Vaccination United Provinces of Agra and Oudh 1902-1913 - 1902-1913
Year: 1902
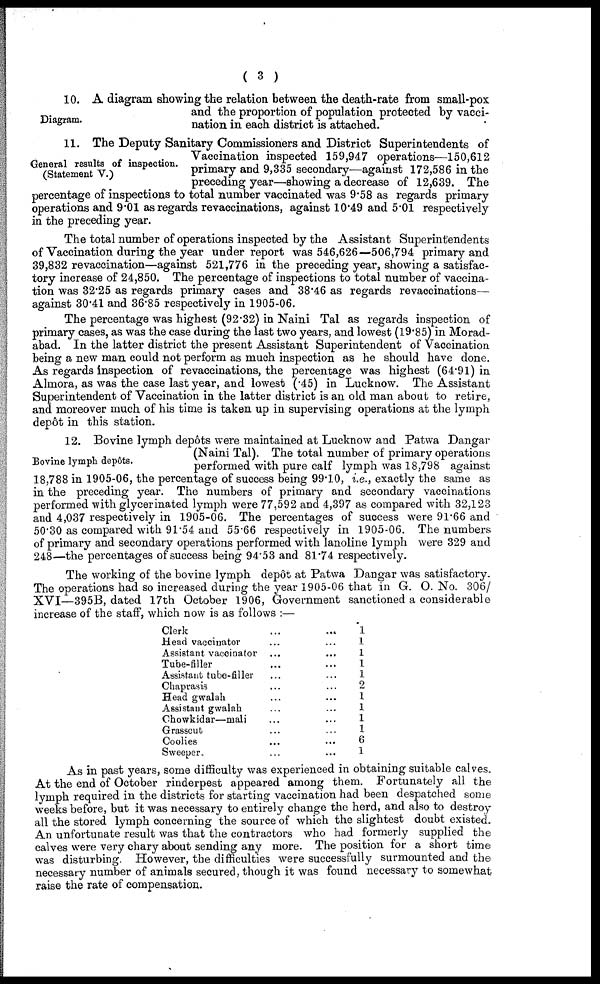
( 3 )
Diagram.
10. A diagram showing the relation between the death-rate from small-pox
and the proportion of population protected by vacci-
nation in each district is attached.
General results of inspection.
(Statement V.)
11. The Deputy Sanitary Commissioners and District Superintendents of
Vaccination inspected 159,947 operations—150,612
primary and 9,335 secondary—against 172,586 in the
preceding year—showing a decrease of 12,639. The
percentage of inspections to total number vaccinated was 9.58 as regards primary
operations and 9.01 as regards revaccinations, against 10.49 and 5.01 respectively
in the preceding year.
The total number of operations inspected by the Assistant Superintendents
of Vaccination during the year under report was 546,626—506,794 primary and
39,832 revaccination—against 521,776 in the preceding year, showing a satisfac-
tory increase of 24,850. The percentage of inspections to total number of vaccina-
tion was 32.25 as regards primary cases and 38.46 as regards revaccinations—
against 30.41 and 36.85 respectively in 1905-06.
The percentage was highest (92.32) in Naini Tal as regards inspection of
primary cases, as was the case during the last two years, and lowest (19.85) in Morad¬
abad. In the latter district the present Assistant Superintendent of Vaccination
being a new man could not perform as much inspection as he should have done.
As regards inspection of revaccinations, the percentage was highest (64.91) in
Almora, as was the case last year, and lowest (.45) in Lucknow. The Assistant
Superintendent of Vaccination in the latter district is an old man about to retire,
and moreover much of his time is taken up in supervising operations at the lymph
depôt in this station.
Bovine lymph depôts.
12. Bovine lymph depôts were maintained at Lucknow and Patwa Dangar
(Naini Tal). The total number of primary operations
performed with pure calf lymph was 18,798 against
18,788 in 1905-06, the percentage of success being 99.10, i.e., exactly the same as
in the preceding year. The numbers of primary and secondary vaccinations
performed with glycerinated lymph were 77,592 and 4,397 as compared with 32,123
and 4,037 respectively in 1905-06. The percentages of success were 91.66 and
50.30 as compared with 91.54 and 55.66 respectively in 1905-06. The numbers
of primary and secondary operations performed with lanoline lymph were 329 and
248—the percentages of success being 94.53 and 81.74 respectively.
The working of the bovine lymph depôt at Patwa Dangar was satisfactory.
The operations had so increased during the year 1905-06 that in G. O. No. 306/
XVI—395B, dated 17th October 1906, Government sanctioned a considerable
increase of the staff, which now is as follows :—
Clerk ... ...
Head vaccinator ... ...
Assistant vaccinator ... ...
Tube-filler ... ...
Assistant tube-filler ... ...
Chaprasis ... ...
Head gwalah ... ...
Assistant gwalah ... ...
Chowkidar—mali ... ...
Grasscut ... ...
Coolies ... ...
Sweeper. ... ...
1
1
1
1
1
2
1
1
1
1
6
1
As in past years, some difficulty was experienced in obtaining suitable calves.
At the end of October rinderpest appeared among them. Fortunately all the
lymph required in the districts for starting vaccination had been despatched some
weeks before, but it was necessary to entirely change the herd, and also to destroy
all the stored lymph concerning the source of which the slightest doubt existed.
An unfortunate result was that the contractors who had formerly supplied the
calves were very chary about sending any more. The position for a short time
was disturbing. However, the difficulties were successfully surmounted and the
necessary number of animals secured, though it was found necessary to somewhat
raise the rate of compensation.